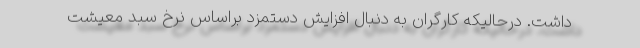
داشت. درحالیکه کارگران به دنبال افزایش دستمزد براساس نرخ سبد معیشت